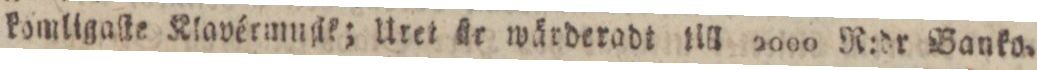
komligaſte Klavérmuſik; Uret ſte wärderadt ſill 2000 R:dr Banko.